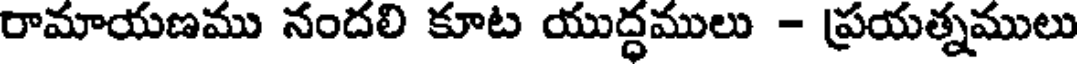
రామాయణము నందలి కూట యుద్ధములు - ప్రయత్నములు